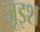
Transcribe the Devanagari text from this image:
ज़ूइश